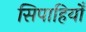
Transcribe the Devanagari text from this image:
सिपाहियोँ